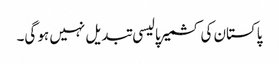
پاکستان کی کشمیر پالیسی تبدیل نہیں ہو گی۔